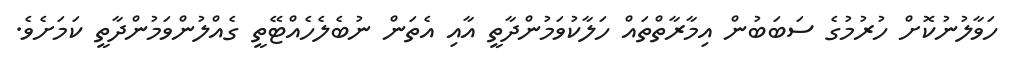
ހަވާލުނުކޮށް ހުރުމުގެ ސަބަބުން އިމާރާތްތައް ހަލާކުވަމުންދާތީ އާއި އެތަން ނުބެލެހެއްޓޭތީ ގެއްލުންވަމުންދާތީ ކަމަށެވެ.